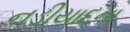
નડીયાદના